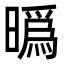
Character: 㬙